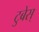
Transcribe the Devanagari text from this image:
टुबेस्